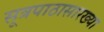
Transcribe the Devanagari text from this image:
सूत्रपाठासारख्या